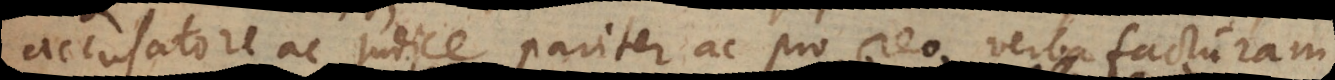
accusatore ac judice pariter ac pro reo verba facturam.